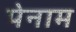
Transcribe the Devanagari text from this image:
पेनाम